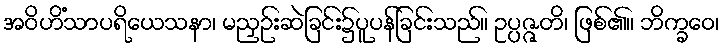
အဝိဟိံသာပရိယေသနာ၊ မညှဉ်းဆဲခြင်း၌ပူပန်ခြင်းသည်။ ဥပ္ပဇ္ဇတိ၊ ဖြစ်၏။ ဘိက္ခဝေ၊